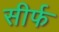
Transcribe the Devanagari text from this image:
सीर्फ